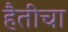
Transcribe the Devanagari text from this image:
हैतीचा